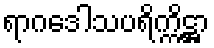
ရာဂဒေါသပရိက္ကိဋ္ဌာ